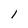
Character: I